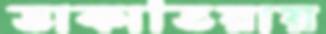
ডাকাতিয়ায়